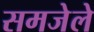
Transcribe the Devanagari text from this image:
समजेले